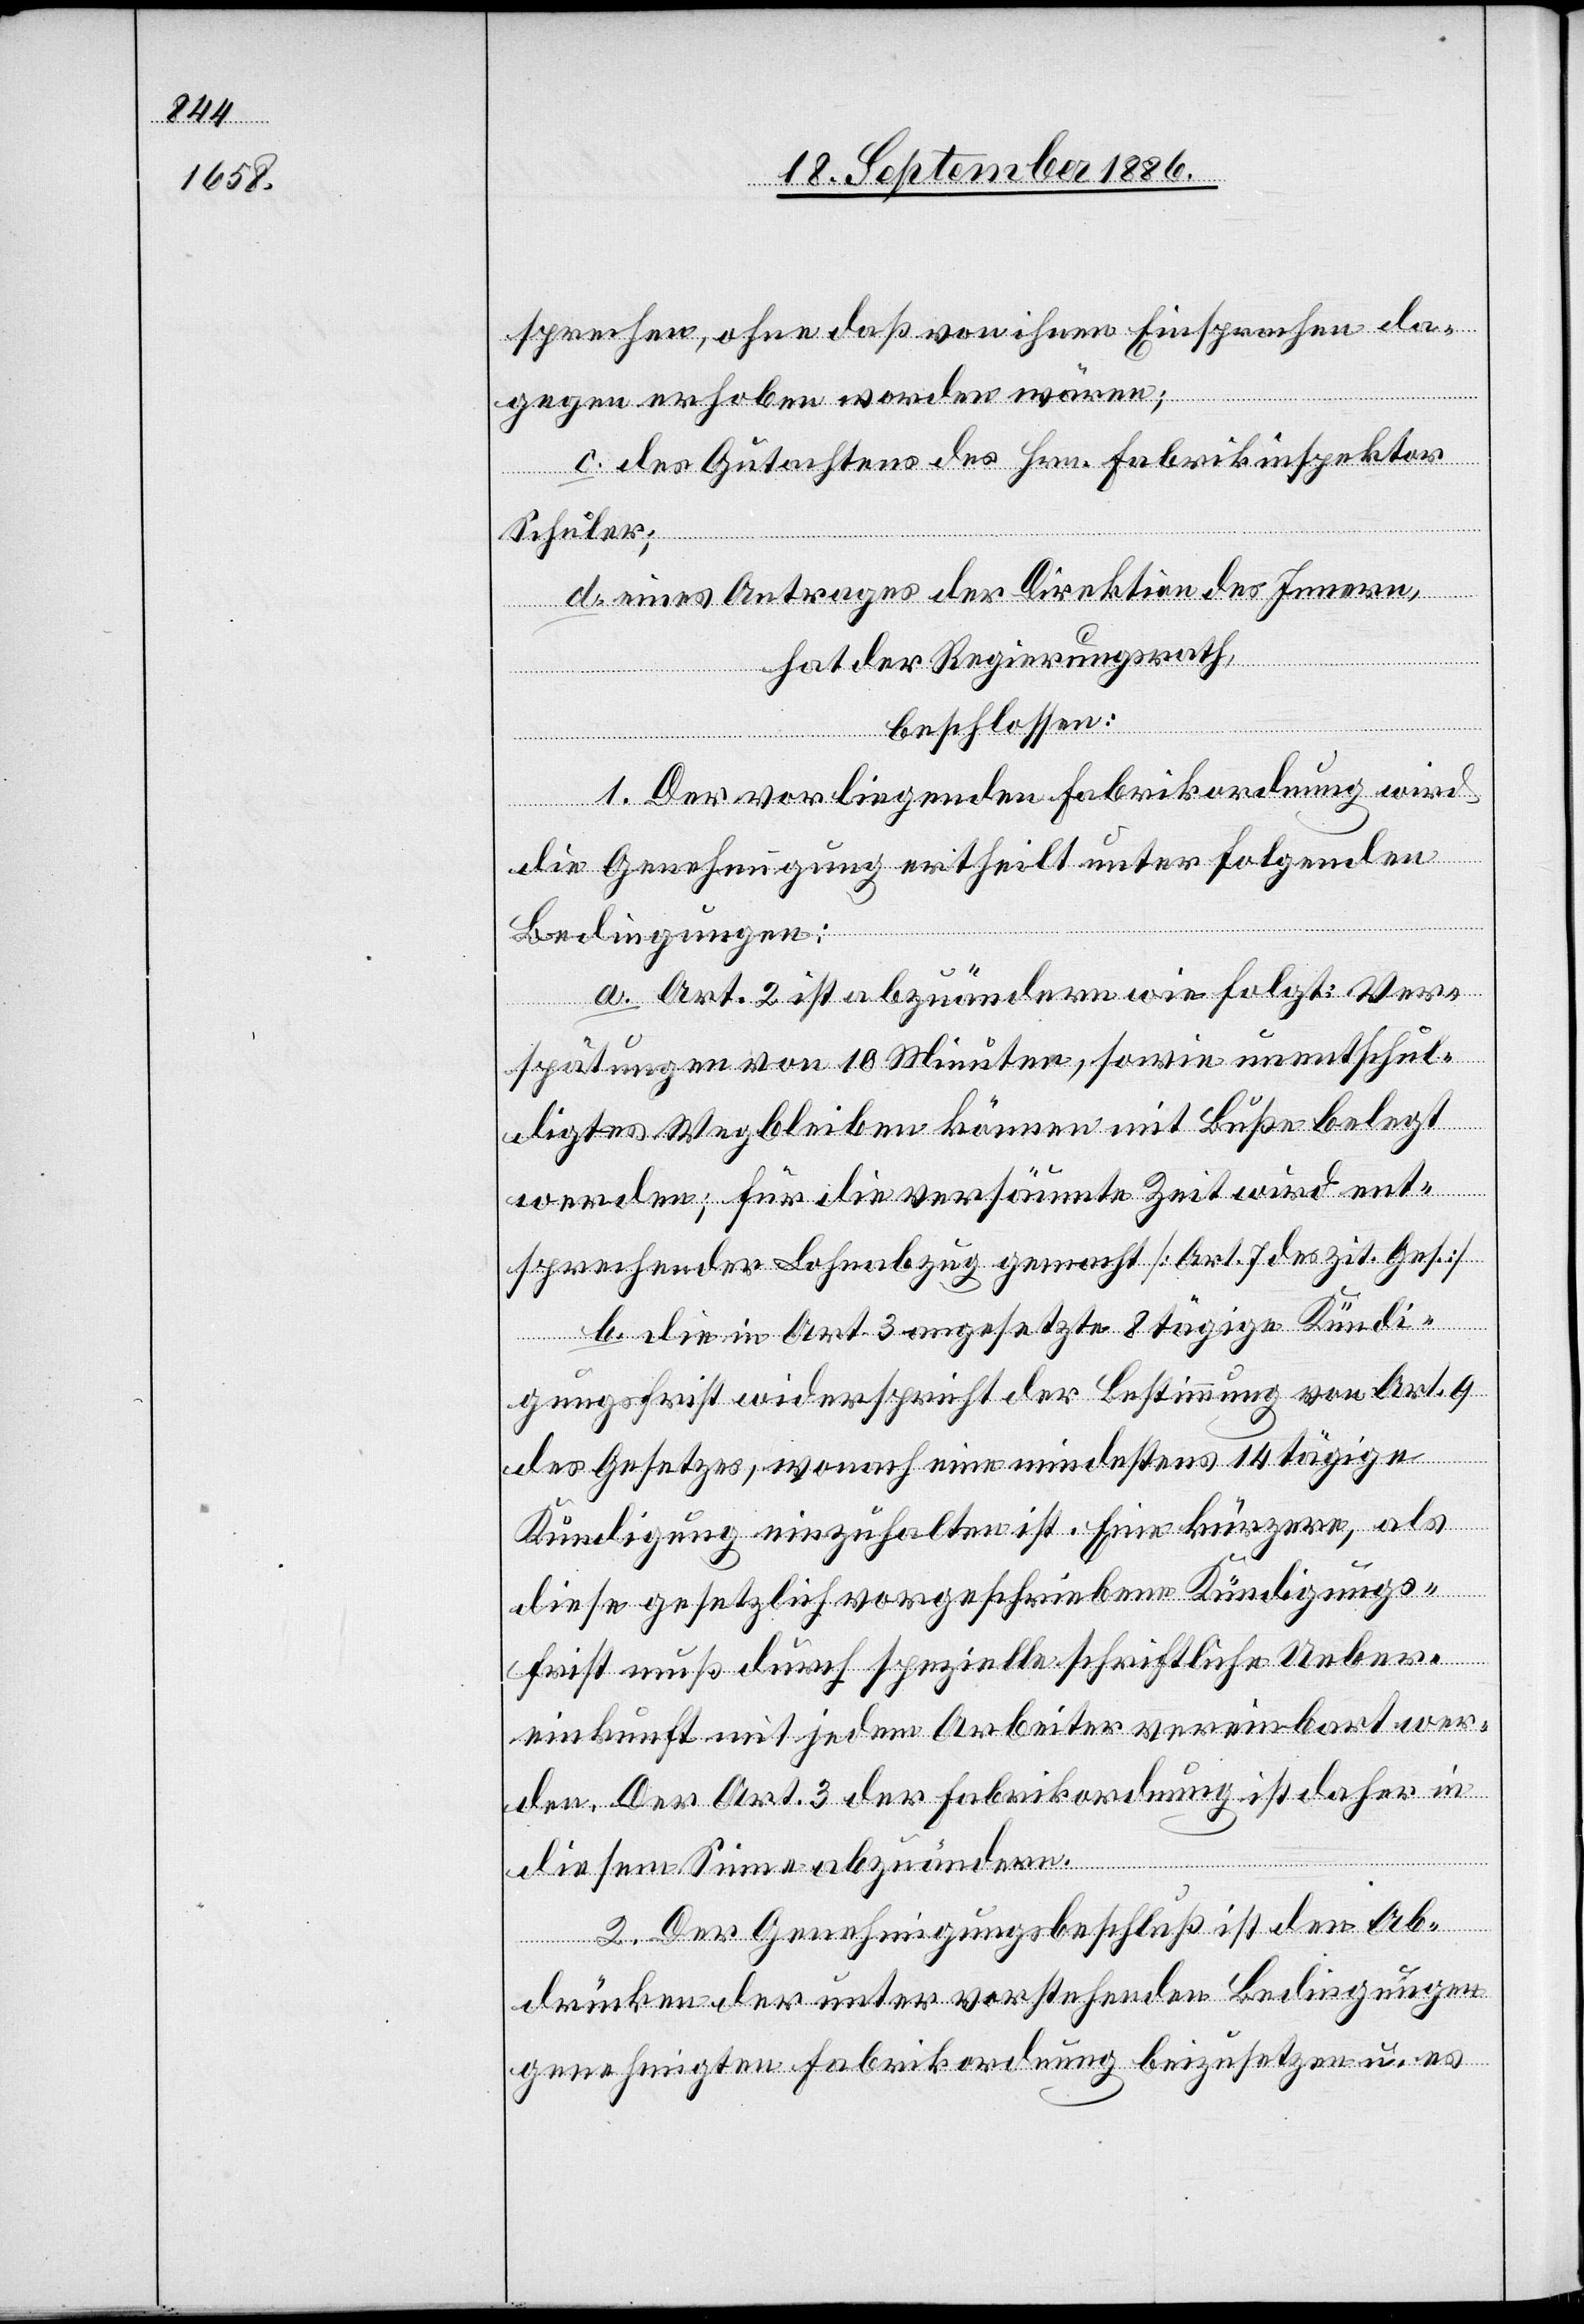
sprechen, ohne daß von ihnen Einsprachen da¬
gegen erhoben worden wären;
c. des Gutachtens des Hrn. Fabrikinspektor
Schuler;
d. eines Antrages der Direktion des Innern,
hat der Regierungsrath,
beschlossen:
1. Der vorliegenden Fabrikordnung wird
die Genehmigung ertheilt unter folgenden
Bedingungen:
a. Art. 2 ist abzuändern wie folgt: Ver¬
spätungen von 10 Minuten, sowie unentschul¬
digtes Wegbleiben können mit Buße belegt
werden; für die versäumte Zeit wird ent¬
sprechender Lohnabzug gemacht [Art. 7 des zit. Ges.]
b. Die in Art. 3 angesetzte 8tägige Kündi¬
gungsfrist widerspricht der Bestimmung von Art. 9
des Gesetzes, wonach eine mindestens 14tägige
Kündigung einzuhalten ist. Eine kürzere, als
diese gesetzlich vorgeschriebene Kündigungs¬
frist muß durch spezielle schriftliche Uebere¬
inkunft mit jedem Arbeiter vereinbart wer¬
den. Der Art. 3 der Fabrikordnung ist daher in
diesem Sinne abzuändern.
2. Der Genehmigungsbeschluß ist den Ab¬
drücken der unter vorstehenden Bedingungen
genehmigten Fabrikordnung beizusetzen u. es